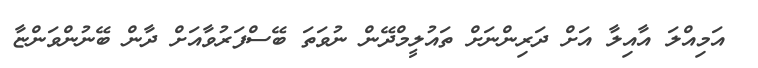
އަމިއްލަ އާއިލާ އަށް ދަރިންނަށް ތައުލީމްދޭން ނުވަތަ ބޭސްފަރުވާއަށް ދާން ބޭނުންވަންޏާ